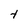
Character: t